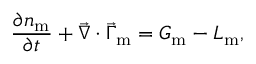
\frac { \partial { n _ { \mathrm { m } } } } { \partial { t } } + \vec { \nabla } \cdot \vec { \Gamma } _ { \mathrm { m } } = G _ { \mathrm { m } } - L _ { \mathrm { m } } ,